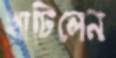
খাটিলেন